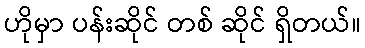
ဟိုမှာ ပန်းဆိုင် တစ် ဆိုင် ရှိတယ်။